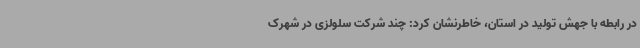
در رابطه با جهش تولید در استان، خاطرنشان کرد: چند شرکت سلولزی در شهرک